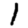
Digit: 1